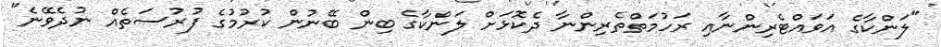
"ލަންކާގެ އަވައްޓެރިންނާއި ރަހުމަތްތެރިންނާ ދެކޮޅަށް ލަންކާގެ ބިން ބޭނުން ކުރުމުގެ ފުރުސަތެއް ނުދެވޭނެ"